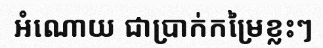
អំណោយ ជាប្រាក់កម្រៃខ្លះៗ